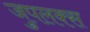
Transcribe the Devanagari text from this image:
जुपलक्स